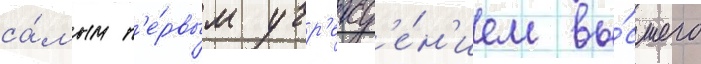
са́мым п'е́рвым учр'ежд'е́н'ием вы́сшего